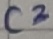
Text: C2